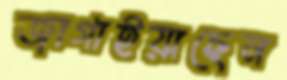
জাগাইয়াছেন